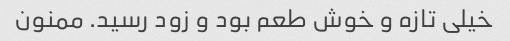
خیلی تازه و خوش طعم بود و زود رسید. ممنون